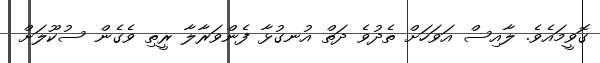
ގޮވީމައެވެ. ލާއިސް އަވަހަށް ތެދުވެ ދަތް އުނގުޅާ ފެންވަރާލާ ރީތި ވެގެން ސުކޫލަށް